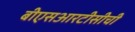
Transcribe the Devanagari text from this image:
बीएसआरटीसीची